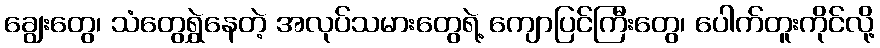
ချွေးတွေ၊ သံတွေရွှဲနေတဲ့ အလုပ်သမားတွေရဲ့ ကျောပြင်ကြီးတွေ၊ ပေါက်တူးကိုင်လို့